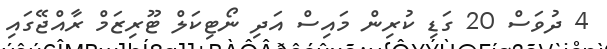
4 ދުވަސް 20 ގަޑި ކުރިން މައިސް އަދި ނޯޓިކަލް ޓޫރިޒަމް ރާއްޖޭގައި